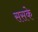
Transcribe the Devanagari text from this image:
ससके